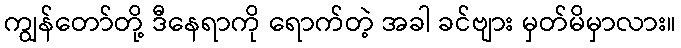
ကျွန်တော်တို့ ဒီနေရာကို ရောက်တဲ့ အခါ ခင်ဗျား မှတ်မိမှာလား။